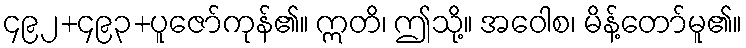
၄၉၂+၄၉၃+ပူဇော်ကုန်၏။ ဣတိ၊ ဤသို့။ အဝေါစ၊ မိန့်တော်မူ၏။